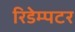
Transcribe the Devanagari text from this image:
रिडेम्पटर